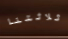
ثلاثتنا